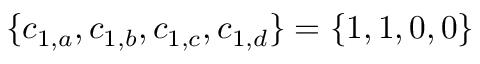
\{ c _ { 1 , a } , c _ { 1 , b } , c _ { 1 , c } , c _ { 1 , d } \} = \{ 1 , 1 , 0 , 0 \}